Burma Government Medical School reports 1923-41
Year: 1923
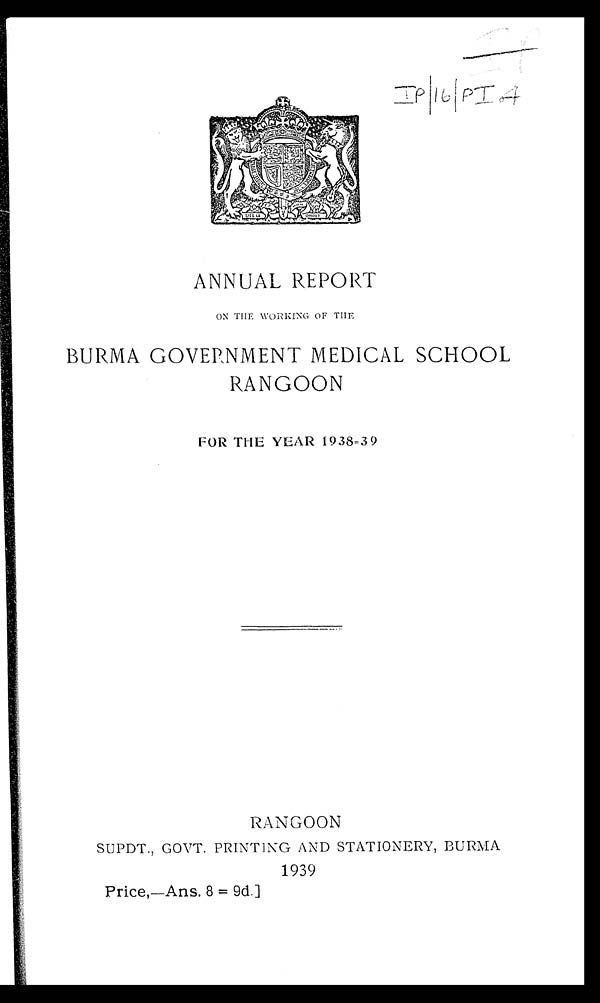
IP/16/PI.4
ANNUAL REPORT
ON THE WORKING OF THE
BURMA GOVERNMENT MEDICAL SCHOOL
RANGOON
FOR THE YEAR 1938-39
RANGOON
SUPDT., GOVT. PRINTING AND STATIONERY, BURMA
1939
Price,—Ans. 8 = 9d.]